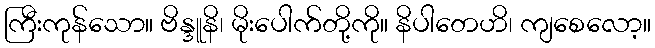
ကြီးကုန်သော။ ဗိန္ဒူနိ၊ မိုးပေါက်တို့ကို။ နိပါတေဟိ၊ ကျစေလော့။